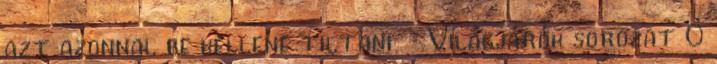
azt azonnal be kellene tiltani Világjárók sorozat 0